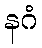
နဂံ